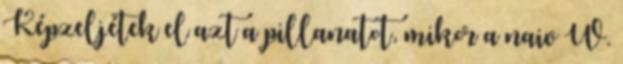
Képzeljétek el azt a pillanatot, mikor a naiv W.